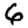
Digit: 6